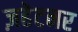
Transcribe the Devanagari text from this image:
ज़हेटनर